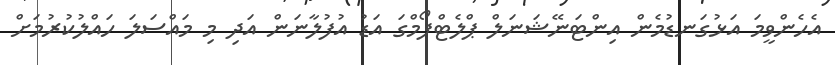
އެހެންވީމަ އަޅުގަނޑުމެން އިންޓަނޭޝަނަލް ޕްލެޓްފޯމްގަ އަޑު އުފުލާނަން އަދި މި މައްސަލަ ހައްލުކުރުމަށް